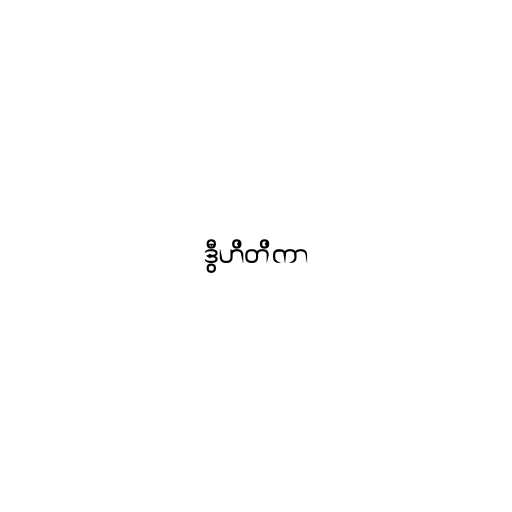
ဒွီဟိတိကာ